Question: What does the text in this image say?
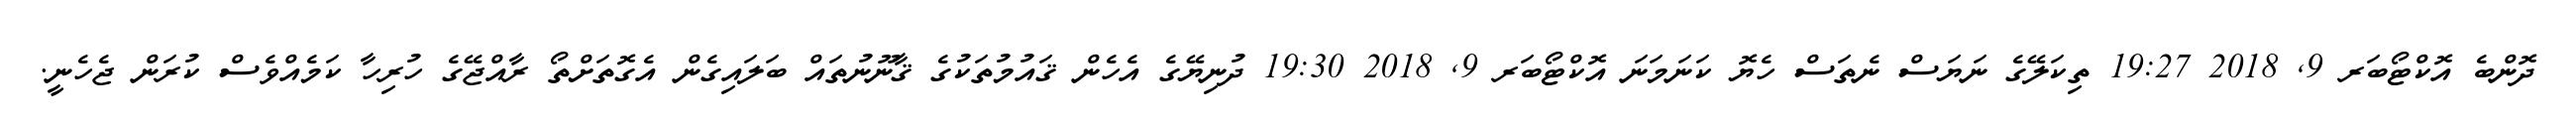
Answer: ދޮންބެ އޮކްޓޯބަރ 9, 2018 19:27 ތިކަލޭގެ ނަޔަސް ނެތަސް ހެޔޮ ކަނަމަނަ އޮކްޓޯބަރ 9, 2018 19:30 ދުނިޔޭގެ އެހެން ޤައުމުތަކުގެ ޤާނޫނުތައް ބަލައިގެން އެގޮތަށްތޯ ރާއްޖޭގެ ހުރިހާ ކަމެއްވެސް ކުރަން ޖެހެނީ.